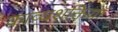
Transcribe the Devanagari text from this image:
काव्यशक्तियाँ